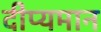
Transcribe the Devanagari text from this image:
दीप्यमान